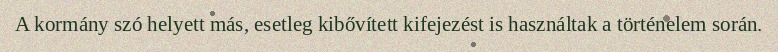
A kormány szó helyett más, esetleg kibővített kifejezést is használtak a történelem során.